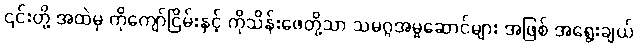
၎င်းတို့ အထဲမှ ကိုကျော်ငြိမ်းနှင့် ကိုသိန်းဖေတို့သာ သမဂ္ဂအမှုဆောင်များ အဖြစ် အရွေးချယ်